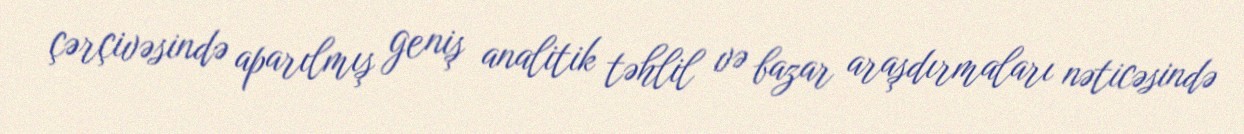
çərçivəsində aparılmış geniş analitik təhlil və bazar araşdırmaları nəticəsində